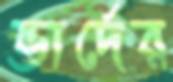
ভার্দের